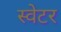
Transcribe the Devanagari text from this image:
स्‍वेटर